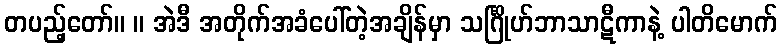
တပည့်တော်။ ။ အဲဒီ အတိုက်အခံပေါ်တဲ့အချိန်မှာ သင်္ဂြိုဟ်ဘာသာဋီကာနဲ့ ပါတိမောက်